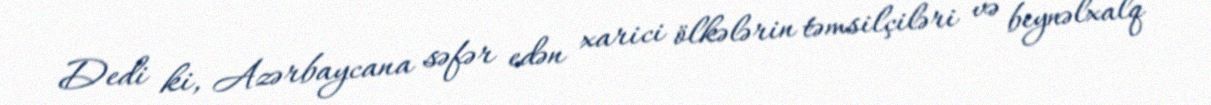
Dedi ki, Azərbaycana səfər edən xarici ölkələrin təmsilçiləri və beynəlxalq